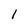
Character: 1